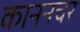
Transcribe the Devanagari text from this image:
काननचर